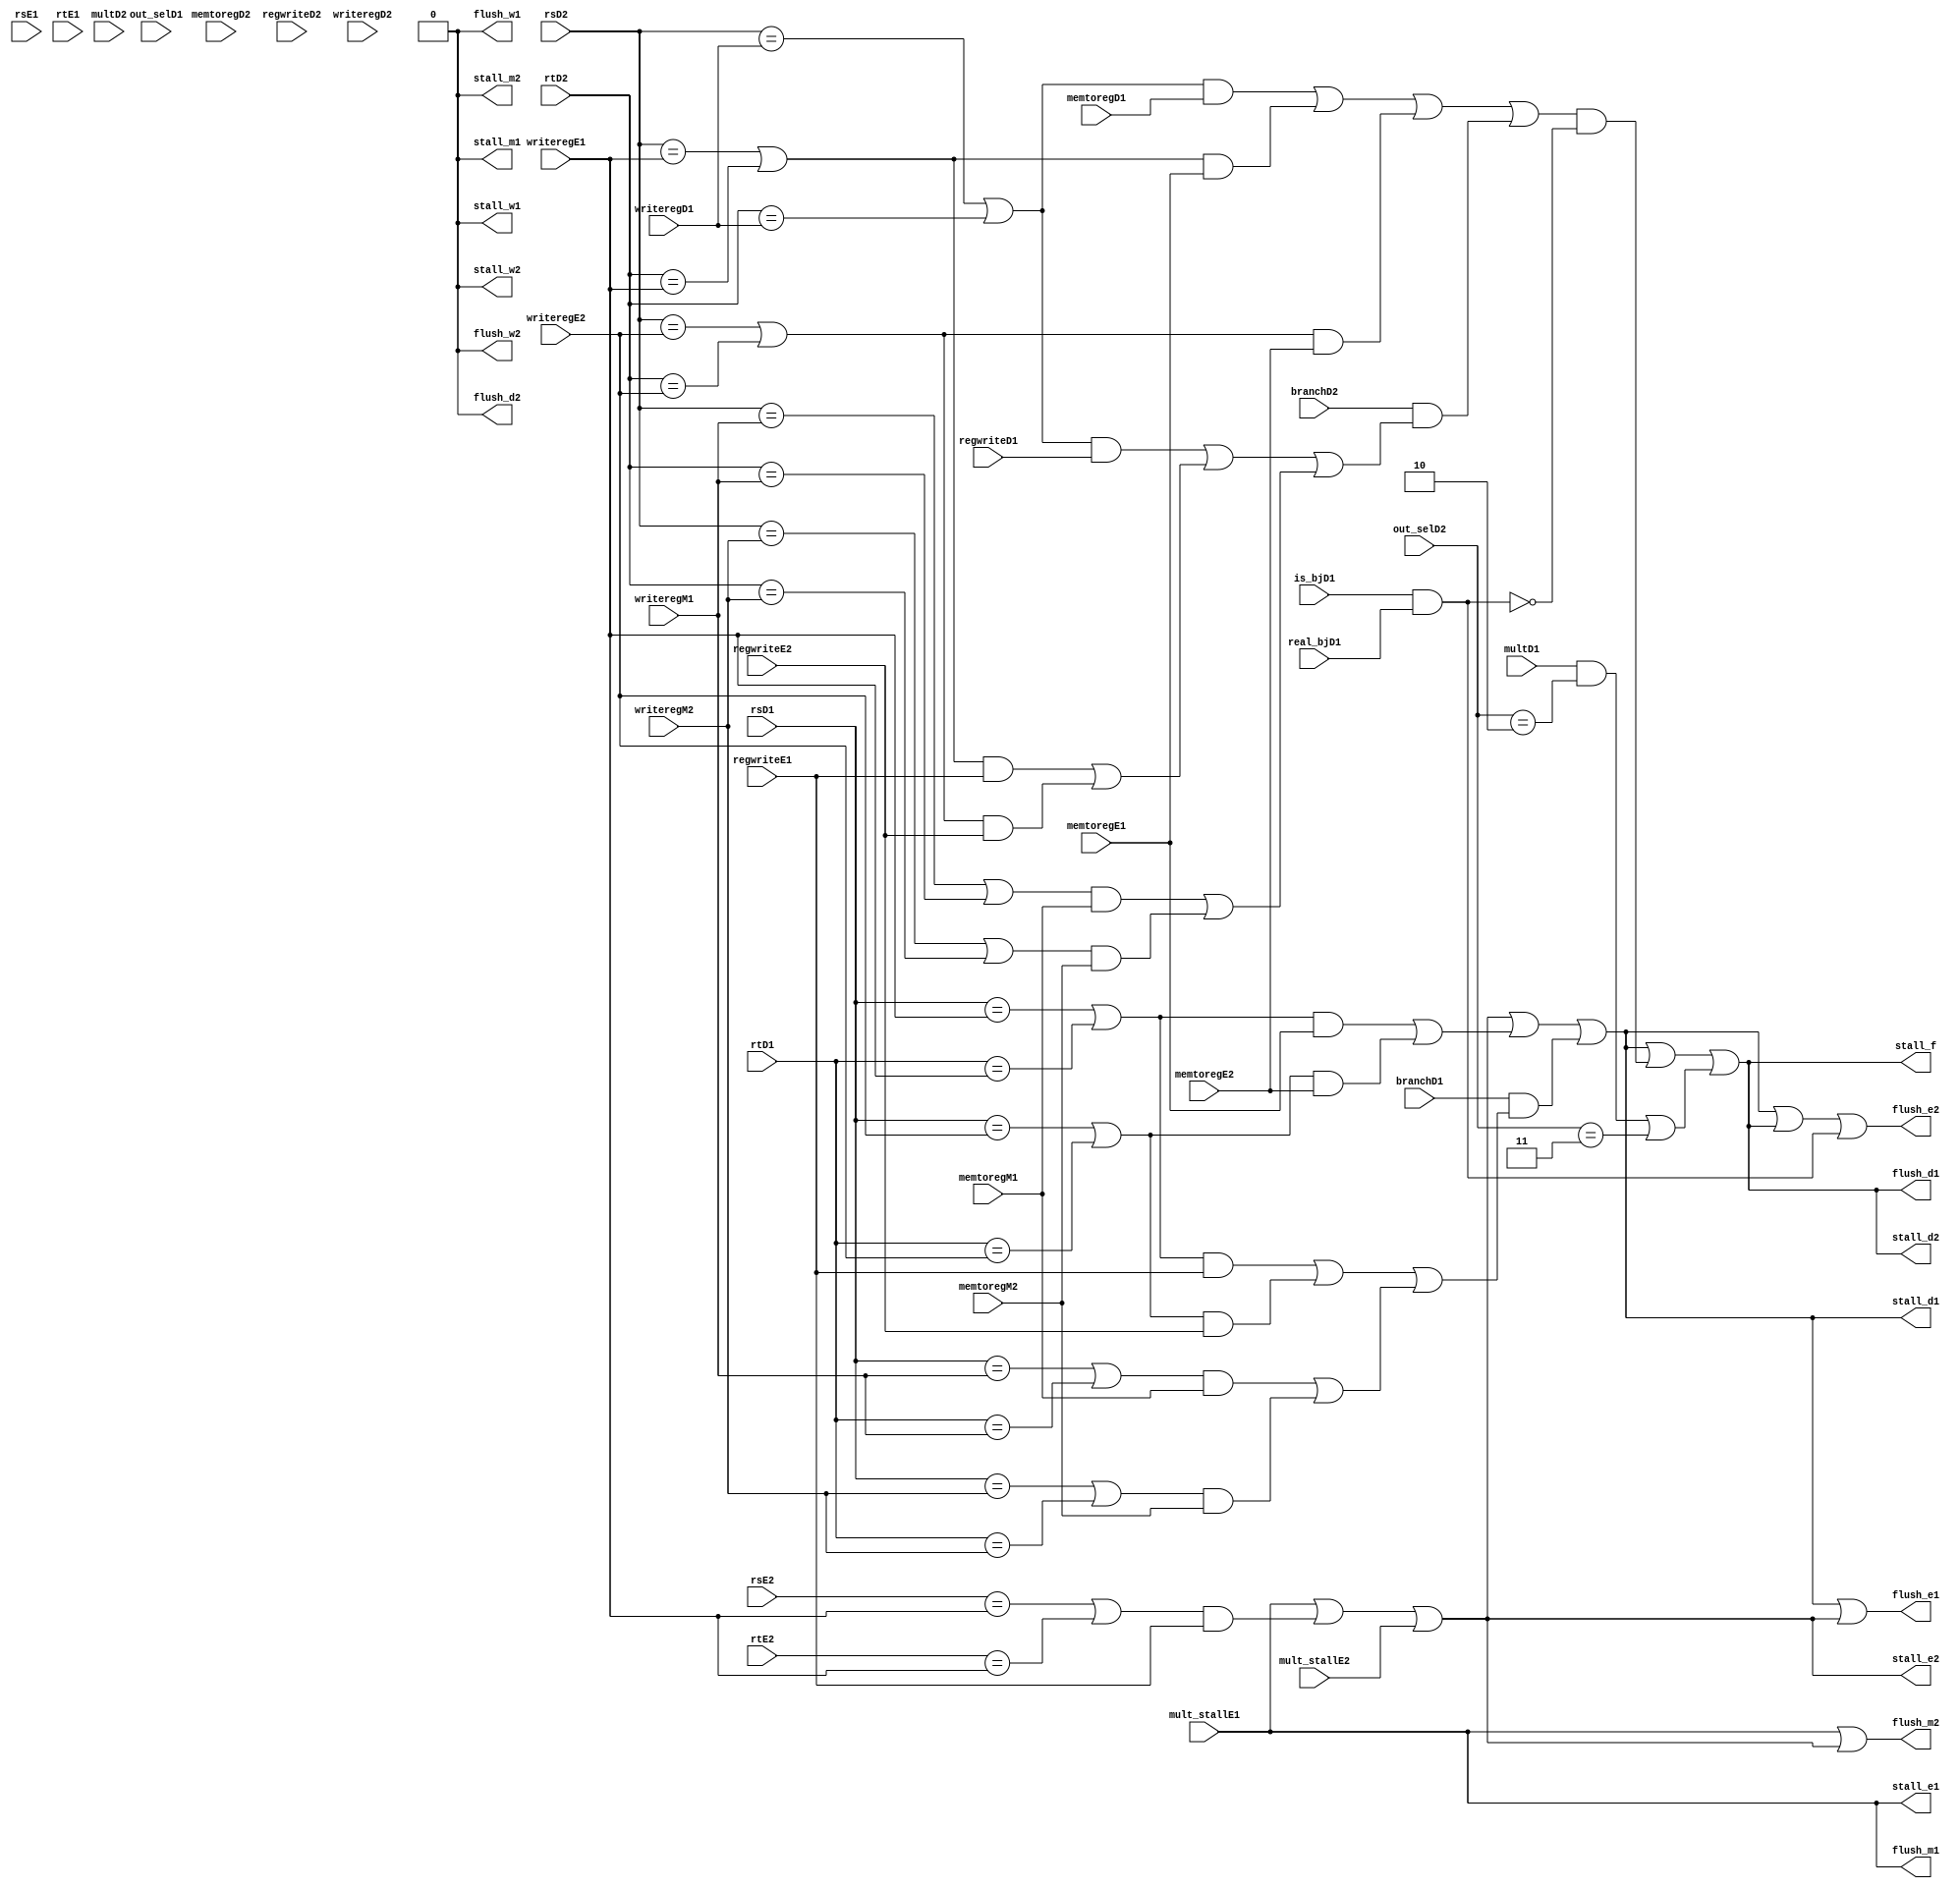
module hazard_detector(input multD1, multD2, 
                       input [1:0] out_selD1, out_selD2,
                       input is_bjD1, real_bjD1, 
                       input branchD1, branchD2, memtoregD1, memtoregD2, regwriteD1, regwriteD2,
                       input [4:0] rsD1, rtD1, writeregD1, rsD2, rtD2, writeregD2,
                       input memtoregE1, regwriteE1, mult_stallE1, 
                       input memtoregE2, regwriteE2, mult_stallE2, 
                       input [4:0] rsE1, rtE1, writeregE1, rsE2, rtE2, writeregE2,
                       input memtoregM1, memtoregM2,
                       input [4:0] writeregM1, writeregM2,
                       output stall_f, 
                       output stall_d1, stall_e1, stall_m1, stall_w1,
                       output stall_d2, stall_e2, stall_m2, stall_w2,
                       output flush_d1, flush_e1, flush_m1, flush_w1,
                       output flush_d2, flush_e2, flush_m2, flush_w2);
  //lw stall
  wire lw_stall1; assign lw_stall1 = ( (((rsD1 == writeregE1) | (rtD1 == writeregE1)) & memtoregE1) |
                                       (((rsD1 == writeregE2) | (rtD1 == writeregE2)) & memtoregE2) );
                                                                                   
  wire lw_stall2; assign lw_stall2 = ( (((rsD2 == writeregD1) | (rtD2 == writeregD1)) & memtoregD1) |
                                       (((rsD2 == writeregE1) | (rtD2 == writeregE1)) & memtoregE1) |
                                       (((rsD2 == writeregE2) | (rtD2 == writeregE2)) & memtoregE2) );

  //branch stall
  wire bscE1; assign bscE1 = ( (((rsD1 == writeregE1) | (rtD1 == writeregE1)) & regwriteE1) |
                               (((rsD1 == writeregE2) | (rtD1 == writeregE2)) & regwriteE2) );
  wire bscM1; assign bscM1 = ( (((rsD1 == writeregM1) | (rtD1 == writeregM1)) & memtoregM1) |
                               (((rsD1 == writeregM2) | (rtD1 == writeregM2)) & memtoregM2) );
  wire branch_stall1; assign branch_stall1 = branchD1 & (bscE1 | bscM1);

  wire bscD2; assign bscD2 = ((rsD2 == writeregD1) | (rtD2 == writeregD1)) & regwriteD1; 
  wire bscE2; assign bscE2 = ( (((rsD2 == writeregE1) | (rtD2 == writeregE1)) & regwriteE1) |
                               (((rsD2 == writeregE2) | (rtD2 == writeregE2)) & regwriteE2) );
  wire bscM2; assign bscM2 = ( (((rsD2 == writeregM1) | (rtD2 == writeregM1)) & memtoregM1) |
                               (((rsD2 == writeregM2) | (rtD2 == writeregM2)) & memtoregM2) );
  wire branch_stall2; assign branch_stall2 = branchD2 & (bscD2 | bscE2 | bscM2);

  //execution stall
  wire exe_stall2; assign exe_stall2 = ((rsE2 == writeregE1) | (rtE2 == writeregE1)) & regwriteE1; 

  //stalls
  assign stall_w1 = 0;
  assign stall_w2 = 0;
  assign stall_m1 = 0;
  assign stall_m2 = 0;
  assign stall_e1 = mult_stallE1;
  assign stall_e2 = stall_e1 | exe_stall2 | mult_stallE2;
  assign stall_d1 = stall_e2 | lw_stall1 | branch_stall1;
  assign stall_d2 = stall_d1 | ((lw_stall2 | branch_stall2) & ~(is_bjD1 & real_bjD1)) 
                             | (multD1 & (out_selD2 == 2'b10)|(out_selD2 == 2'b11));
  assign stall_f = stall_d2;
  
  //flushes  
  assign flush_w1 = 0;
  assign flush_w2 = 0;
  assign flush_m1 = stall_e1;
  assign flush_m2 = stall_e1 | stall_e2;
  assign flush_e1 = stall_d1 | stall_e2;
  assign flush_e2 = stall_d1 | stall_d2 | (is_bjD1 & real_bjD1);
  assign flush_d1 = stall_d2;
  assign flush_d2 = 0;


endmodule